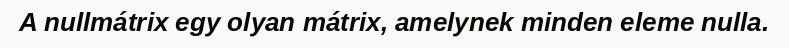
A nullmátrix egy olyan mátrix, amelynek minden eleme nulla.